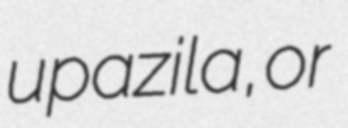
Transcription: upazila, or